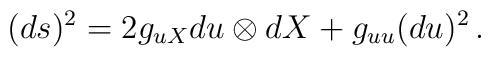
(ds)^2=2g_{uX}du \otimes dX+g_{uu}(du)^2\,.